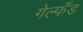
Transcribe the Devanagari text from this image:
गेल्फँड